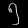
Digit: ၅